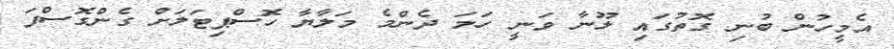
އެމީހުން ބުނި ގޮތުގައި ލޫނާ ވަނީ ހަމަ ދެންމެ މަލާޔާ ހޮސްޕިޓަލަށް ގެންގޮސްފަ